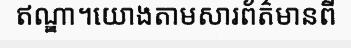
ឥណ្ឌា។យោងតាមសារព័ត៌មានពី